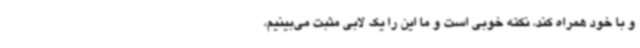
و با خود همراه کند، نکته خوبی است و ما این را یک لابی مثبت می‌بینیم،